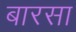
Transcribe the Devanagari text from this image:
बारसा